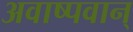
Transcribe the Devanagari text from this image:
अवाष्पवान्‌